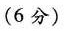
(6分)